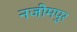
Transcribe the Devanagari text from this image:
नजीमपुर